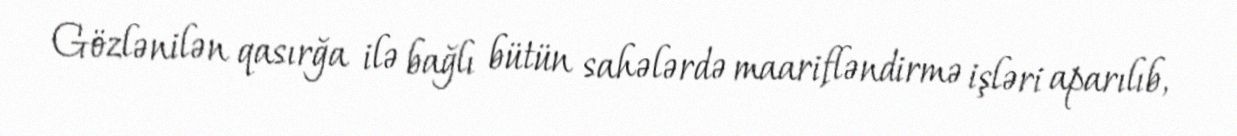
Gözlənilən qasırğa ilə bağlı bütün sahələrdə maarifləndirmə işləri aparılıb,